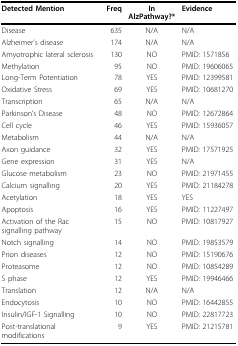
<table><thead><tr><td><b>Detected Mention</b></td><td><b>Freq</b></td><td><b>In AlzPathway?*</b></td><td><b>Evidence</b></td></tr></thead><tbody><tr><td>Disease</td><td>635</td><td>N/A</td><td>N/A</td></tr><tr><td>Alzheimer&#x27;s disease</td><td>174</td><td>N/A</td><td>N/A</td></tr><tr><td>Amyotrophic lateral sclerosis</td><td>130</td><td>NO</td><td>PMID: 1571856</td></tr><tr><td>Methylation</td><td>95</td><td>NO</td><td>PMID: 19606065</td></tr><tr><td>Long-Term Potentiation</td><td>78</td><td>YES</td><td>PMID: 12399581</td></tr><tr><td>Oxidative Stress</td><td>69</td><td>YES</td><td>PMID: 10681270</td></tr><tr><td>Transcription</td><td>65</td><td>N/A</td><td>N/A</td></tr><tr><td>Parkinson&#x27;s Disease</td><td>48</td><td>NO</td><td>PMID: 12672864</td></tr><tr><td>Cell cycle</td><td>46</td><td>YES</td><td>PMID: 15936057</td></tr><tr><td>Metabolism</td><td>44</td><td>N/A</td><td>N/A</td></tr><tr><td>Axon guidance</td><td>32</td><td>YES</td><td>PMID: 17571925</td></tr><tr><td>Gene expression</td><td>31</td><td>YES</td><td>N/A</td></tr><tr><td>Glucose metabolism</td><td>23</td><td>NO</td><td>PMID: 21971455</td></tr><tr><td>Calcium signalling</td><td>20</td><td>YES</td><td>PMID: 21184278</td></tr><tr><td>Acetylation</td><td>18</td><td>YES</td><td>YES</td></tr><tr><td>Apoptosis</td><td>16</td><td>YES</td><td>PMID: 11227497</td></tr><tr><td>Activation of the Rac signalling pathway</td><td>15</td><td>NO</td><td>PMID: 10817927</td></tr><tr><td>Notch signalling</td><td>14</td><td>NO</td><td>PMID: 19853579</td></tr><tr><td>Prion diseases</td><td>12</td><td>NO</td><td>PMID: 15190676</td></tr><tr><td>Proteasome</td><td>12</td><td>NO</td><td>PMID: 10854289</td></tr><tr><td>S phase</td><td>12</td><td>YES</td><td>PMID: 19946466</td></tr><tr><td>Translation</td><td>12</td><td>N/A</td><td>N/A</td></tr><tr><td>Endocytosis</td><td>10</td><td>NO</td><td>PMID: 16442855</td></tr><tr><td>Insulin/IGF-1 Signalling</td><td>10</td><td>NO</td><td>PMID: 22817723</td></tr><tr><td>Post-translational modifications</td><td>9</td><td>YES</td><td>PMID: 21215781</td></tr></tbody></table>